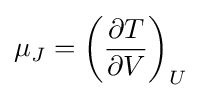
\mu _{J}=\left({\frac {\partial T}{\partial V}}\right)_{U}